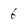
Character: 6